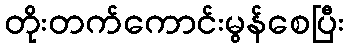
တိုးတက်ကောင်းမွန်စေပြီး